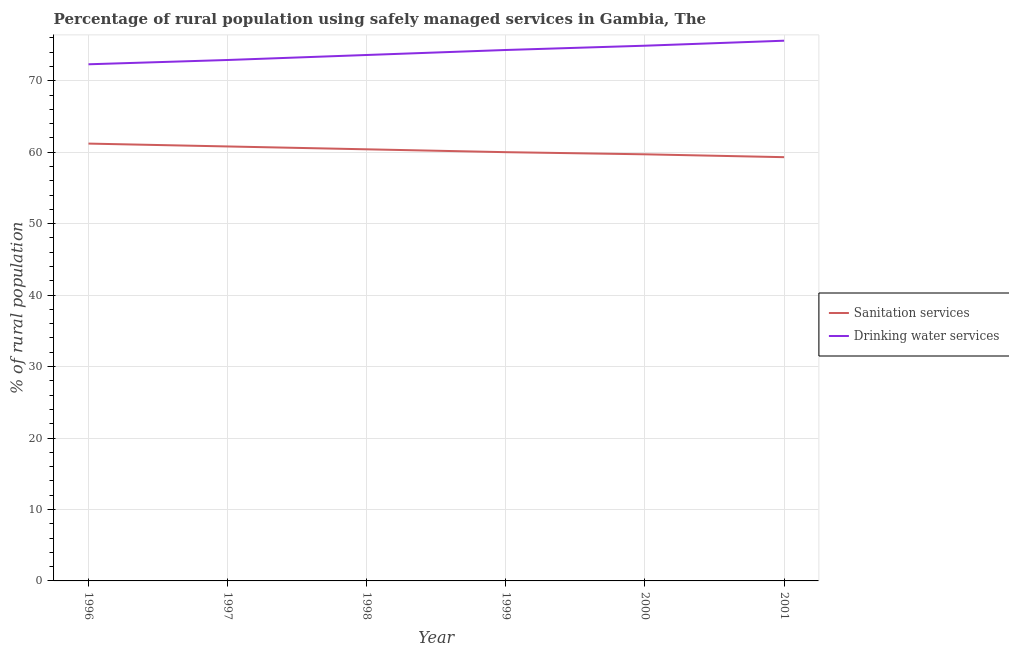
| Year | Sanitation services | Drinking water services |
 | --- | --- | --- |
 | 1996 | 61.2 | 72.3 |
 | 1997 | 60.8 | 72.9 |
 | 1998 | 60.4 | 73.6 |
 | 1999 | 60 | 74.3 |
 | 2000 | 59.7 | 74.9 |
 | 2001 | 59.3 | 75.6 |